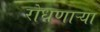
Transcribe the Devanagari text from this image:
रोधणाऱ्या